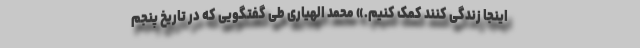
اینجا زندگی کنند کمک کنیم.» محمد الهیاری طی گفتگویی که در تاریخ پنجم